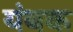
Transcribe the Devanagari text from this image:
यंबक